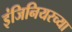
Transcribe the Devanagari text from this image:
इंजिनियरच्या